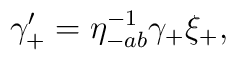
\gamma'_+ = \eta_{-ab}^{-1}  \gamma_+  \xi_+,